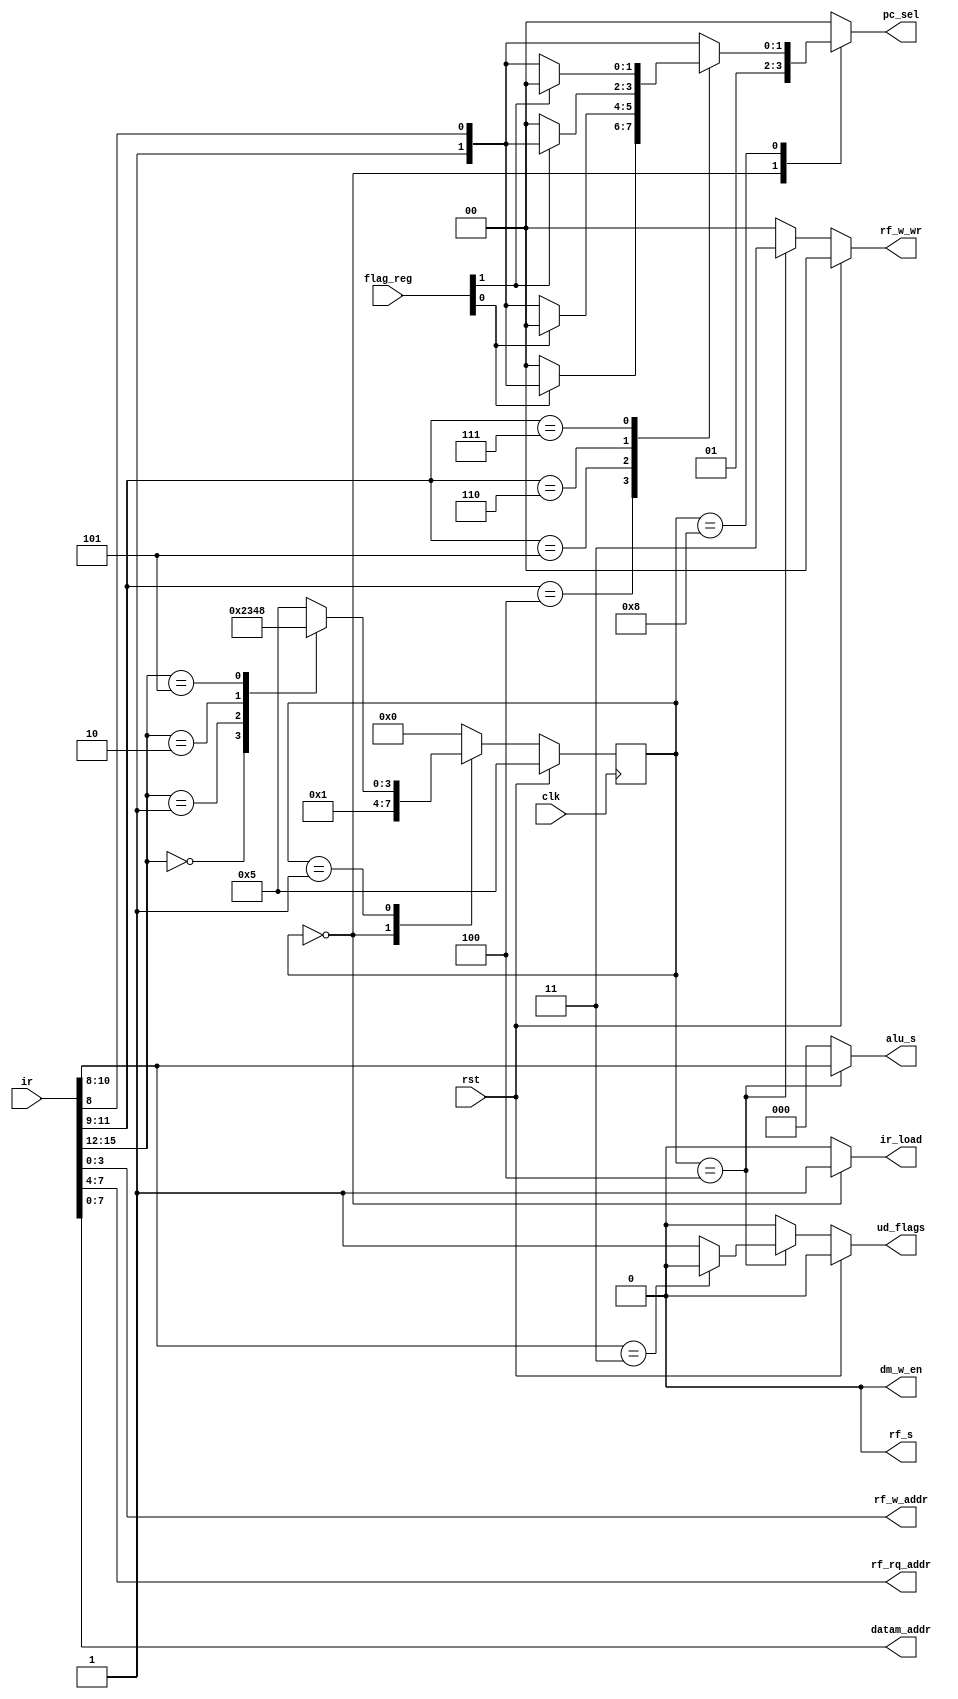
`timescale 1ns / 1ps
//////////////////////////////////////////////////////////////////////////////////
// Version B - adding a write control signal for the data memory
//////////////////////////////////////////////////////////////////////////////////
module bp_cu(
	input clk,
	input rst,
	input [15:0] ir,
	input [1:0] flag_reg,
	output reg ir_load,
	output reg [1:0] pc_sel,
	output reg rf_s,
	output reg [2:0] alu_s,
	output reg [3:0] rf_w_addr,
	output reg [3:0] rf_rq_addr,
	output reg [1:0] rf_w_wr,
	output reg ud_flags,
	output reg dm_w_en,
	output reg [7:0] datam_addr
	);

	// define states
	parameter FETCH=0, DECODE=1, LOAD=2, STORE=3, ALU_OP=4, IDLE=5;
	parameter JMP=8;
	// define instruction codes for decoding
	parameter CODE_LOAD=4'b0000, CODE_STORE=4'b0001, CODE_ALU_OP=4'b0010;
	parameter CODE_JMP=4'b0101;

	// registers for holding the state
	reg [3:0] state, next_state;

	// synchronous logic
	always @(posedge clk) begin
		state <= next_state;
	end

	// combinational logic
	always @(rst, ir, state, flag_reg) begin
		// define defaults
		ir_load = 0;	// load the instruction register
		pc_sel = 2'b00;	// update the program counter register
		rf_s = 0;	// input mux selector
		alu_s = 3'b000;	// alu function selector
		rf_w_addr = ir[3:0];	// register file write address
		rf_rq_addr = ir[7:4];	// register file read port q address
		rf_w_wr = 2'b00;	// register file write enable (2 bytes)
		ud_flags = 0;	// enable update flag register
		dm_w_en = 0;	// data memory write enable
		datam_addr = ir[7:0];	// data memory address bus
		next_state = state;

		// main logic
		case(state)
			FETCH: begin
				ir_load = 1;	// load the instruction register
				pc_sel = 2'b01;	// increment the program counter
				next_state = DECODE;
			end
			DECODE: begin
				// decoder
				case(ir[15:12])
					CODE_LOAD: next_state = LOAD;
					CODE_STORE: next_state = STORE;
					CODE_ALU_OP: next_state = ALU_OP;
					CODE_JMP: next_state = JMP;
					default: next_state = IDLE;
				endcase	// end of decoding case
			end	// end of decode state
			LOAD: begin
// put your code in here
				next_state = FETCH;	// get ready for next one
			end
			STORE: begin
// put your code in here
				next_state = FETCH;	// get ready for next one
			end
			ALU_OP: begin	// cover all alu operations
				rf_s = 0;	// input mux selector
				alu_s = ir[10:8];	// alu function selector
				rf_w_addr = ir[3:0];	// register file write address
				rf_rq_addr = ir[7:4];	// register file read port q address
				rf_w_wr = 2'b11;	// register file write enable (2 bytes)
				ud_flags = 1;	// enable update flag register
				// but not for move operation
				if (ir[10:8] == 3'b011) ud_flags = 0;
				next_state = FETCH;	// get ready for next one
			end
			JMP: begin	// jump operations
				// nothing needs to be done with the datapath control (use
				// defaults)
				// take care of conditional jumps - pc selector gets set up if
				// conditions match, otherwise it is 00 (default, jump falls
				// through)
				case (ir[11:9])
					3'b100: if (flag_reg[0] == 1'b1) pc_sel = {1'b1,ir[8]};	// zero flag set
					3'b101: if (flag_reg[0] == 1'b0) pc_sel = {1'b1,ir[8]};	// zero flag clear
					3'b110: if (flag_reg[1] == 1'b1) pc_sel = {1'b1,ir[8]};	// carry flag set
					3'b111: if (flag_reg[1] == 1'b0) pc_sel = {1'b1,ir[8]};	// carry flag clear
					default: pc_sel = {1'b1,ir[8]};	// jump unconditional
				endcase
				next_state = FETCH;
			end
			IDLE: begin	// no-op state - do nothing - set outputs to the defaults
				next_state = FETCH;
			end
			default: begin	// no-op state - do nothing - set outputs to the defaults
				next_state = FETCH;
			end
		endcase
		// priority logic
		if (rst == 1) begin
			next_state = IDLE;
			rf_w_wr = 2'b00;
			ud_flags = 0;
		end

	end	// end of always loop

endmodule